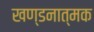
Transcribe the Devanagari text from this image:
खण्डनात्मक